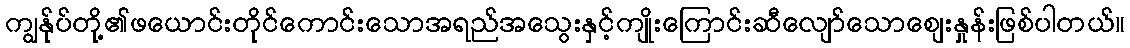
ကျွန်ုပ်တို့၏ဖယောင်းတိုင်ကောင်းသောအရည်အသွေးနှင့်ကျိုးကြောင်းဆီလျော်သောစျေးနှုန်းဖြစ်ပါတယ်။